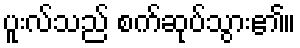
ပူးလ်သည် စက်ဆုပ်သွား၏။